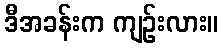
ဒီအခန်းက ကျဉ်းလား။